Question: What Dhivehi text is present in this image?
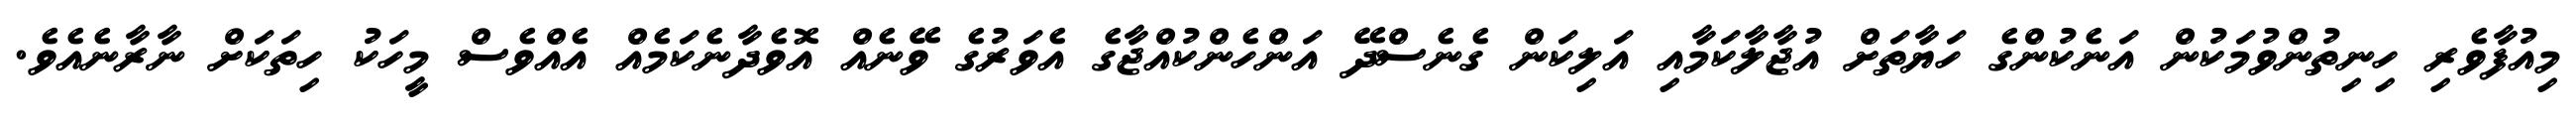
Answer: މިއުފާވެރި ހިނިތުންވުމަކުން އަނެކުންގެ ހަޔާތަށް އުޖާލާކަމާއި އަލިކަން ގެނެސްދޭ އަންހެންކުއްޖާގެ އެވަރުގެ ވޭނެއް އޮވެދާނެކަމެއް އެއްވެސް މީހަކު ހިތަކަށް ނާރާނެއެވެ.